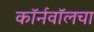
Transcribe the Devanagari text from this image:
कॉर्नवॉलचा